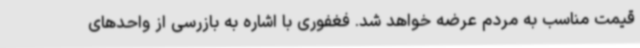
قیمت مناسب به مردم عرضه خواهد شد. فغفوری با اشاره به بازرسی از واحدهای